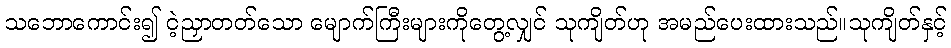
သဘောကောင်း၍ ငဲ့ညှာတတ်သော မျောက်ကြီးများကိုတွေ့လျှင် သုကျိတ်ဟု အမည်ပေးထားသည်။သုကျိတ်နှင့်